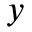
y